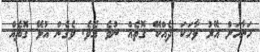
ހަނާއަށް އޭރު ވާހަކަ ދެއްކޭ ގޮތެއް ނުވެ އެވެ. ވެގެން އުޅޭ ގޮތެއް